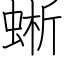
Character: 蜥